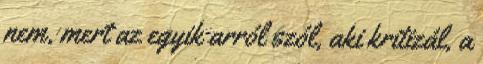
nem, mert az egyik arról szól, aki kritizál, a